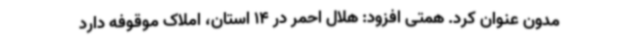
مدون عنوان کرد. همتی افزود: هلال احمر در 14 استان، املاک موقوفه دارد